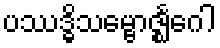
ပဿဒ္ဓိသမ္ဗောဇ္ဈင်္ဂေါ